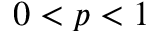
0 < p < 1